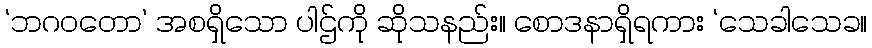
‘ဘဂဝတော’ အစရှိသော ပါဌ်ကို ဆိုသနည်း။ စောဒနာရှိရကား ‘သေခါသေခ။